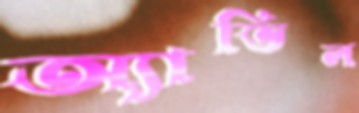
অ্যাভিল